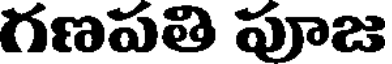
గణపతి పూజ